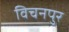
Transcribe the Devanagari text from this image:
विचनपुर